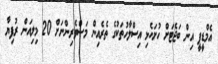
އެމްޑީޕީ އިން ބަޖެޓަށް ހުށަހެޅި އިސްލާހުތަކުގެ ތެރެއިން މަސްވެރިންނަށް 20 މިލިއަން ރުފިޔާ